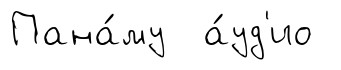
Пана́му а́уд'ио